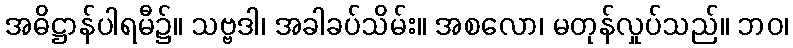
အဓိဋ္ဌာန်ပါရမီ၌။ သဗ္ဗဒါ၊ အခါခပ်သိမ်း။ အစလော၊ မတုန်လှုပ်သည်။ ဘဝ၊